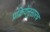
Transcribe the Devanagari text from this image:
प्रक्रियेनुसारच